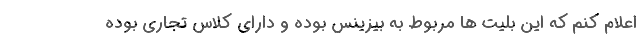
اعلام کنم که این بلیت ها مربوط به بیزینس بوده و دارای کلاس تجاری بوده